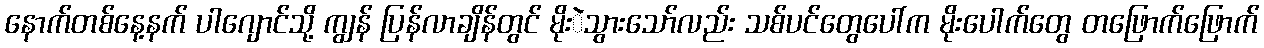
နောက်တစ်နေ့နက် ပါဂျောင်သို့ ကျွန် ပြန်လာချိန်တွင် မိုးဲသွားသော်လည်း သစ်ပင်တွေပေါ်က မိုးပေါက်တွေ တဖြောက်ဖြောက်